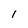
Character: I